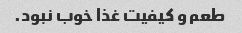
طعم و کیفیت غذا خوب نبود.